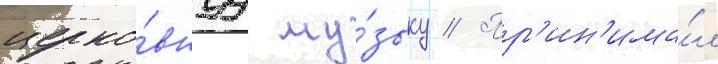
церко́внуу му́зыку // Пр'ин'има́л